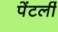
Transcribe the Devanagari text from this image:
पेंटर्ली